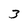
Character: 3